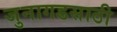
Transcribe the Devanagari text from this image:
जुनागडसाठी